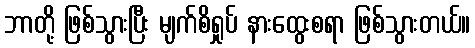
ဘာတို့ ဖြစ်သွားပြီး မျက်စိရှုပ် နားထွေးစရာ ဖြစ်သွားတယ်။